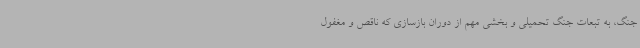
جنگ، به تبعات جنگ تحمیلی و بخشی مهم از دوران بازسازی که ناقص و مغفول